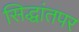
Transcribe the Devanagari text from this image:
सिद्धांतपर